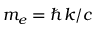
m _ { e } = \hbar k / c